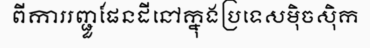
ពីការរញ្ជួផែនដីនៅក្នុងប្រទេសម៉ិចស៊ិក